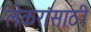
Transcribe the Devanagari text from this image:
लेकरांसाठी